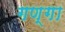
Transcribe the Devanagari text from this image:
गण्गा